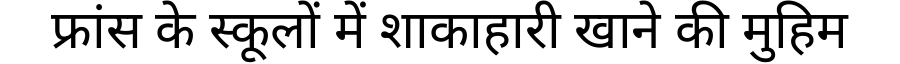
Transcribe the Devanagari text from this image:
फ्रांस के स्कूलों में शाकाहारी खाने की मुहिम